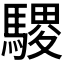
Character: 𫘓